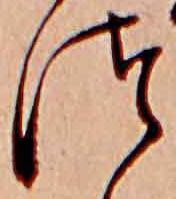
つ